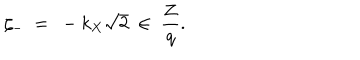
\zeta _ { - } \ = \ - k _ { X } \sqrt { 2 } \ \in \ \frac { { \bf Z } } { q } .